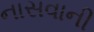
નાસવાની